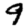
Digit: 9